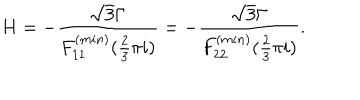
LaTeX: H = - \frac { \sqrt { 3 } \Gamma } { F _ { 1 1 } ^ { ( m i n ) } ( \frac { 2 } { 3 } \pi i ) } = - \frac { \sqrt { 3 } \Gamma } { F _ { 2 2 } ^ { ( m i n ) } ( \frac { 2 } { 3 } \pi i ) } .